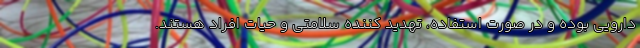
دارویی بوده و در صورت استفاده، تهدید کننده سلامتی و حیات افراد هستند.